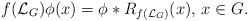
\begin{align*} f(\mathcal{L}_G)\phi(x)=\phi\ast R_{f(\mathcal{L}_G)}(x),\,x\in G.\end{align*}